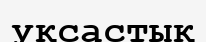
уқсастық